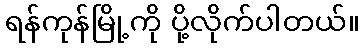
ရန်ကုန်မြို့ကို ပို့လိုက်ပါတယ်။